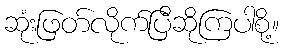
ဆုံးဖြတ်လိုက်ပြီဆိုကြပါစို့။